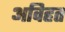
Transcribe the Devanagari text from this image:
अविहत